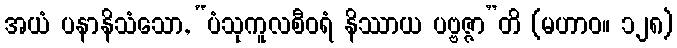
အယံ ပနာနိသံသော, “ပံသုကူလစီဝရံ နိဿာယ ပဗ္ဗဇ္ဇာ”တိ (မဟာဝ။ ၁၂၈)